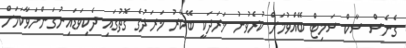
ގެނެސް ސާކް ސަމިޓް ބޭއްވުމަށް ކުރެވުނު ޚަރަދަކީ ބޭކާރު ޚަރަދުގެ ގޮތުގައި ދެކިވަޑައިނުގަންނަވާކަމަށް